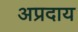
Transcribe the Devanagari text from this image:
अप्रदाय